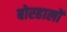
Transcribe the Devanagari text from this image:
बोरहालों